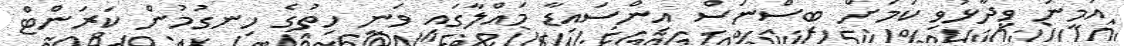
އަމީނު ވިދާޅުވި ކަމަށް ބިސްނަސް އިންސައިޑާ މައްލާގައި ވަނީ ހިތުގެ ހިނގުމުން ކަރަންޓް